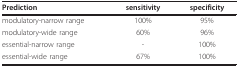
<table><thead><tr><td><b>Prediction</b></td><td><b>sensitivity</b></td><td><b>specificity</b></td></tr></thead><tbody><tr><td>modulatory-narrow range</td><td>100%</td><td>95%</td></tr><tr><td>modulatory-wide range</td><td>60%</td><td>96%</td></tr><tr><td>essential-narrow range</td><td>-</td><td>100%</td></tr><tr><td>essential-wide range</td><td>67%</td><td>100%</td></tr></tbody></table>